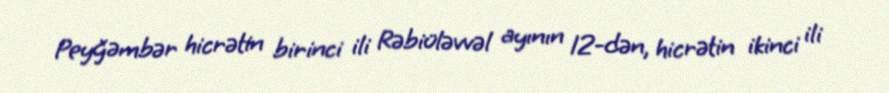
Peyğəmbər hicrətin birinci ili Rəbiüləvvəl ayının 12-dən, hicrətin ikinci ili